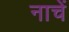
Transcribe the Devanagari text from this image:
नाचें